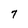
Character: 7